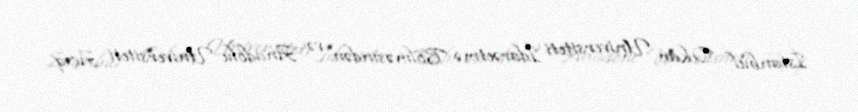
İstanbul Okan Universiteti İdarəetmə Bölməsindən və Anadolu Universiteti Açıq